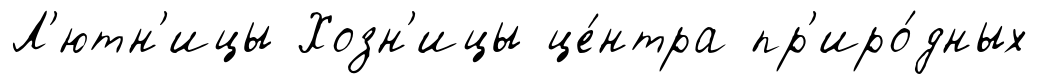
Л'ютн'ицы Хозн'ицы це́нтра пр'иро́дных